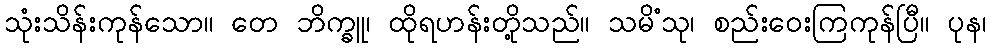
သုံးသိန်းကုန်သော။ တေ ဘိက္ခူ၊ ထိုရဟန်းတို့သည်။ သမိံသု၊ စည်းဝေးကြကုန်ပြီ။ ပုန၊